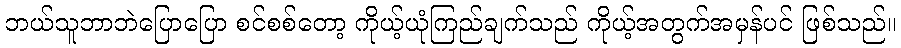
ဘယ်သူဘာဘဲပြောပြော စင်စစ်တော့ ကိုယ့်ယုံကြည်ချက်သည် ကိုယ့်အတွက်အမှန်ပင် ဖြစ်သည်။